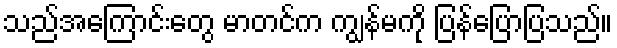
သည်အကြောင်းတွေ မာတင်က ကျွန်မကို ပြန်ပြောပြသည်။